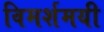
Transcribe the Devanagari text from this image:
विमर्शमयी